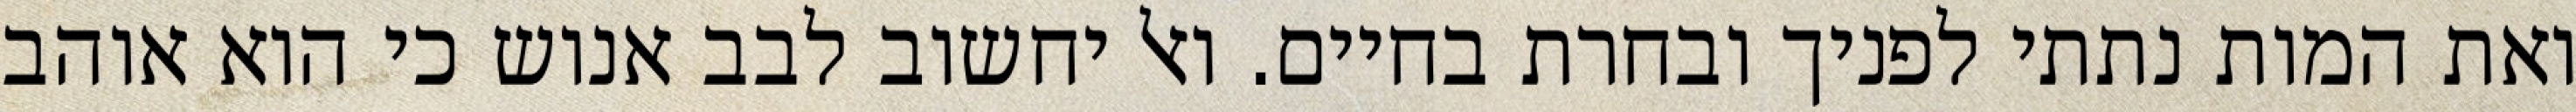
ואת המות נתתי לפניך ובחרת בחיים. ואל יחשוב לבב אנוש כי הוא אוהב